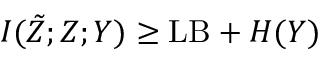
I ( \tilde { Z } ; Z ; Y ) \ge \mathrm { L B } + H ( Y )